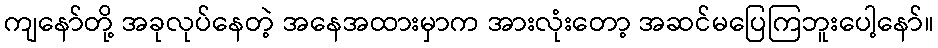
ကျနော်တို့ အခုလုပ်နေတဲ့ အနေအထားမှာက အားလုံးတော့ အဆင်မပြေကြဘူးပေါ့နော်။